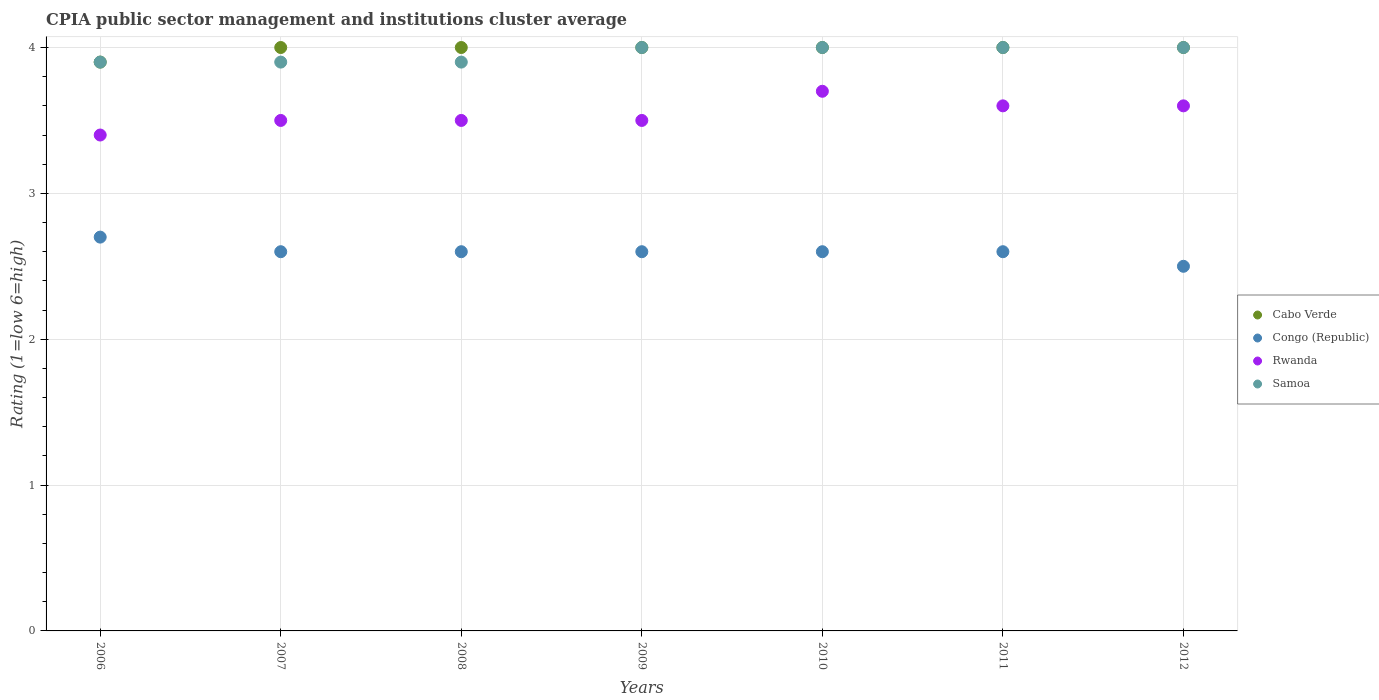
| Years | Cabo Verde | Congo (Republic) | Rwanda | Samoa |
 | --- | --- | --- | --- | --- |
 | 2006 | 3.9 | 2.7 | 3.4 | 3.9 |
 | 2007 | 4 | 2.6 | 3.5 | 3.9 |
 | 2008 | 4 | 2.6 | 3.5 | 3.9 |
 | 2009 | 4 | 2.6 | 3.5 | 4 |
 | 2010 | 4 | 2.6 | 3.7 | 4 |
 | 2011 | 4 | 2.6 | 3.6 | 4 |
 | 2012 | 4 | 2.5 | 3.6 | 4 |